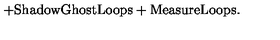
+ \mathrm { S h a d o w G h o s t L o o p s } + \mathrm { M e a s u r e L o o p s } .